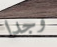
وجدا